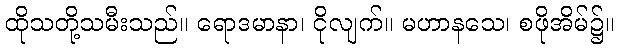
ထိုသတို့သမီးသည်။ ရောဒမာနာ၊ ငိုလျက်။ မဟာနသေ၊ စဖိုအိမ်၌။